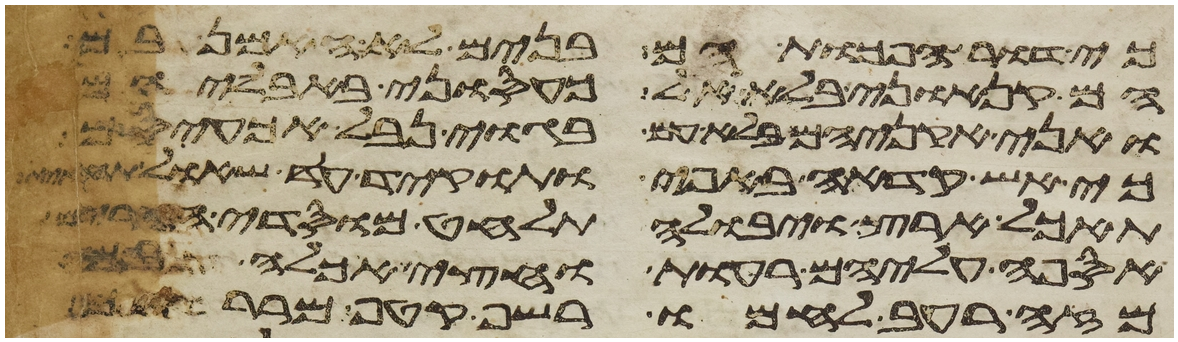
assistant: כי דור הפכות הם בנים לא האמן בם
הם קנאוני בלא אל כעסוני באבליהם
ואני אקניאם בלא עם בגוי נבל אכעיסם
כי אש קדחה באפי ותוקד עד שאל תחתית
תאכל ארץ ויבולה תלחט מוסדי הרים
אספה עליהם רעות וחצי אכלה בם
מזה רעב לחמו רשף קטף מררים